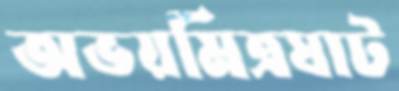
অভয়মিত্রঘাট